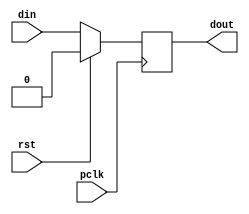
`timescale 1ns / 1ps
//////////////////////////////////////////////////////////////////////////////////
// Company: AGH UST
// Engineers: Hubert Kwaniewski, Marcin Mistela
// 
// Design Name: 
// Module Name: ff_synchronizer
// Project Name: Tic-tac-toe game
// Target Devices: 
// Tool Versions: 
// Description: 
// 
// Dependencies: 
// 
// Revision:
// Revision 0.01 - File Created
// Additional Comments:
// 
//////////////////////////////////////////////////////////////////////////////////


module ff_synchronizer #(parameter WIDTH = 1)
   (
    input wire pclk,
    input wire rst,
    input wire [WIDTH - 1 : 0] din,
    output reg [WIDTH - 1 : 0] dout
    );
    
    always@(posedge pclk)
    begin
        if(rst)
            dout <= 0;
        else
            dout <= din;
    end
    
endmodule